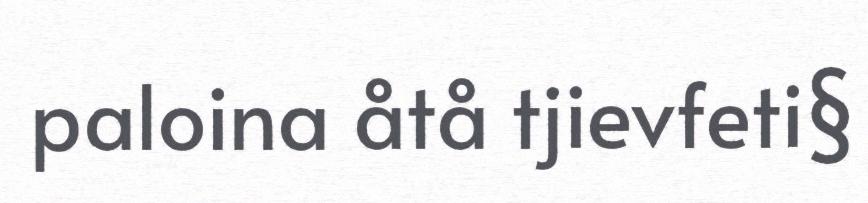
paloina åtå tjievfeti§